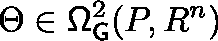
\Theta \in \mathsf { \Omega } _ { \mathsf { G } } ^ { 2 } ( P , \mathbb { R } ^ { n } )